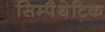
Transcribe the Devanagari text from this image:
सिम्पैथेटिक